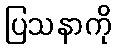
ပြသနာကို